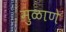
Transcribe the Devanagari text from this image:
मुळाणे